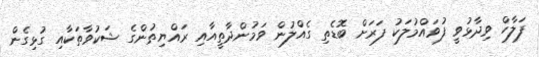
ފަލާހް ވިދާޅުވީ ފުވައްމުލަކު ފަރަށް ބޮޑެތި ގެއްލުން ވަމުންދާތީއާއި ރައްޔިތުންގެ ޝަކުވާތަކާއި ގުޅިގެން